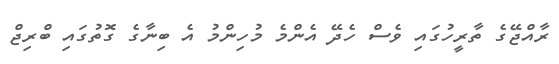
ރާއްޖޭގެ ތާރީހުގައި ވެސް ހެދޭ އެންމެ މުހިންމު އެ ބިނާގެ ގޮތުގައި ބްރިޖް